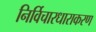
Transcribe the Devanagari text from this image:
निर्विचारधाराकरण